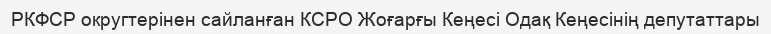
РКФСР округтерінен сайланған КСРО Жоғарғы Кеңесі Одақ Кеңесінің депутаттары